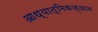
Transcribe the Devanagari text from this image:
आध्यात्मिकज्ञान